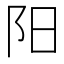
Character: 阳